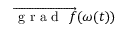
\overrightarrow { \mathrm { ~ g ~ r ~ a ~ d ~ } ~ f } ( \boldsymbol { \omega } ( t ) )